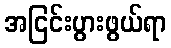
အငြင်းပွားဖွယ်ရာ